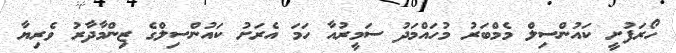
ހޯރަފުށީ ކައުންސިލް މެމްބަރު މުހައްމަދު ސަމީރުއާ ހަމަ އެރަށު ކައުންސިލްގެ ޒިންމާދާރު ވެރިޔާ